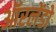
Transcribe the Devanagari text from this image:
ऑरलेंडो